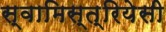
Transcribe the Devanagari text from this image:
स्वामिस्त्रियेसी